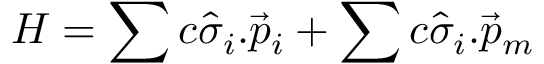
H = \sum c \hat { \sigma } _ { i } . \vec { p } _ { i } + \sum c \hat { \sigma } _ { i } . \vec { p } _ { m }